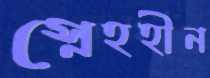
স্নেহহীন